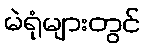
မဲရုံများတွင်